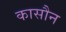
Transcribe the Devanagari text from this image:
कासौन